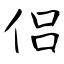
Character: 侣